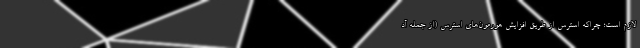
لازم است؛ چراکه استرس از طریق افزایش هورمون‌های استرس (از جمله آد